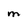
Character: M